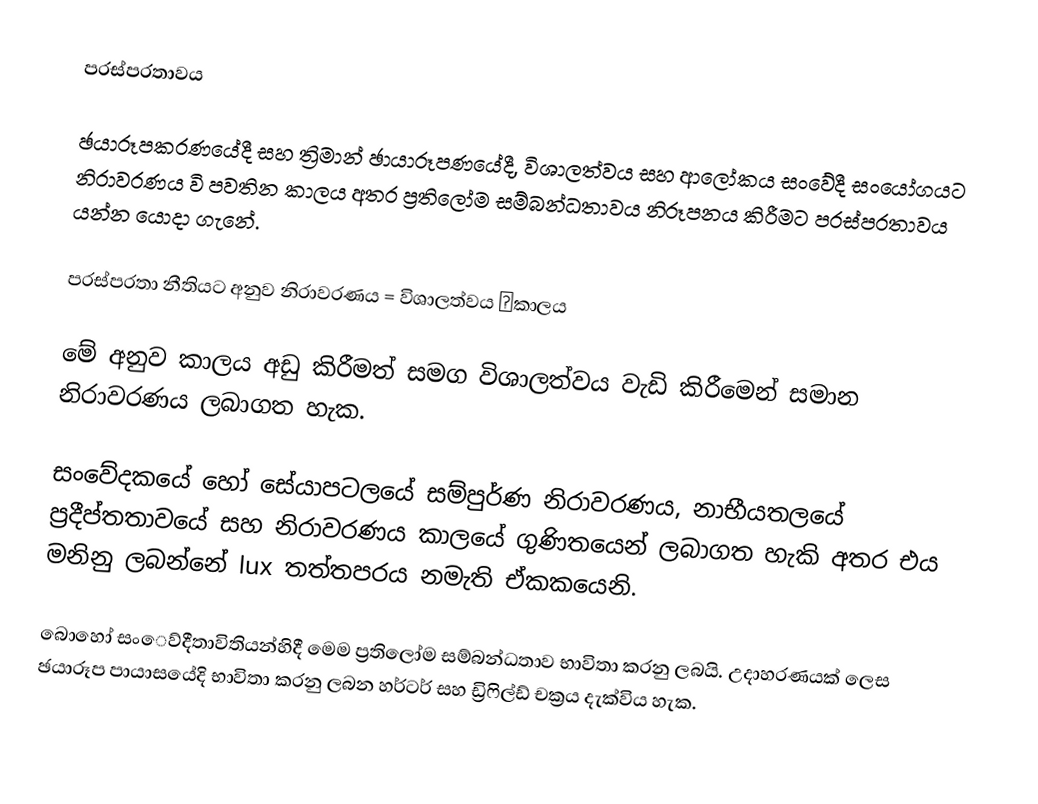
පරස්පරතාවය

ඡයාරූපකරණයේදී සහ ත්‍රිමාන් ඡායාරූපණයේදී, විශාලත්වය සහ ආලෝකය සංවේදී සංයෝගයට නිරාවරණය වි පවතින කාලය අතර ප්‍රති‍ලෝම සම්බන්ධතාවය නිරූපනය කිරීමට පරස්පරතාවය යන්න යොදා ගැනේ.

පරස්පරතා නීතියට අනුව නිරාවරණය = විශාලත්වය කාලය

මේ අනුව කාලය අඩු කිරීමත් සමග විශාලත්වය වැඩි කිරීමෙන් සමාන නිරාවරණය ලබාගත හැක.

සංවේදකයේ හෝ සේයාපට‍ලයේ සම්පුර්ණ නිරාවරණය, නාභී‍යතලයේ ප්‍රදීප්තතාවයේ සහ නිරාවරණය කාලයේ ගුණිතයෙන් ලබාගත හැකි අතර එය මනිනු ලබන්නේ lux  තත්තපරය නමැති ඒකකයෙනි.

බොහෝ සං‍‍ෙව්දීතාවිතියන්හිදී මෙම ප්‍රතිලෝම සම්බන්ධතාව භාවිතා කරනු ලබයි. උදාහරණයක් ලෙස ඡයාරූප පායාසයේදි භාවිතා කරනු ලබන ‍හර්ටර් සහ ඩ්‍රිෆිල්ඩ් චක්‍රය දැක්විය හැක.